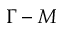
\Gamma - M